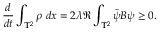
\frac { d } { d t } \int _ { \mathbb { T } ^ { 2 } } \rho \ d x = 2 \lambda \Re \int _ { \mathbb { T } ^ { 2 } } \Bar { \psi } B \psi \ge 0 .